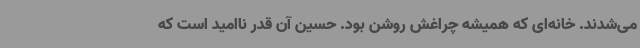
می‌شدند. خانه‌ای که همیشه چراغش روشن بود. حسین آن قدر ناامید است که